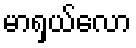
မာရှယ်လော